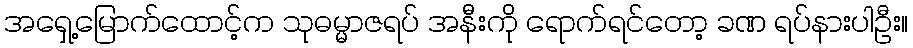
အရှေ့မြောက်ထောင့်က သုဓမ္မာဇရပ် အနီးကို ရောက်ရင်တော့ ခဏ ရပ်နားပါဦး။